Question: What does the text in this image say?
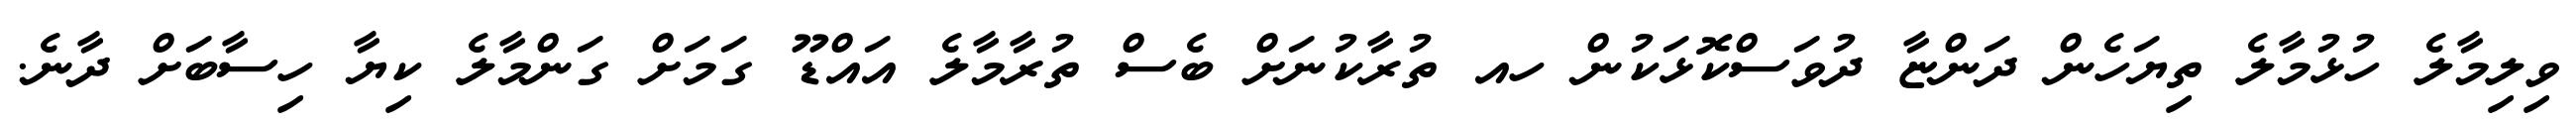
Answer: ވިލިމާލެ ހުޅުމާލެ ތިޔަހެން ދަންޏާ ދުވަސްކޮޅަކުން ހއ ތުރާކުނަށް ބެސް ތުރާމާލެ އައްޑޫ ގަމަށް ގަންމާލެ ކިޔާ ހިސާބަށް ދާނެ.